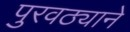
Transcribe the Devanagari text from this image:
पुरवठ्याने